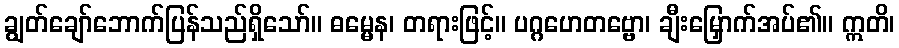
ချွတ်ချော်ဘောက်ပြန်သည်ရှိသော်။ ဓမ္မေန၊ တရားဖြင့်။ ပဂ္ဂဟေတဗ္ဗော၊ ချီးမြှောက်အပ်၏။ ဣတိ၊